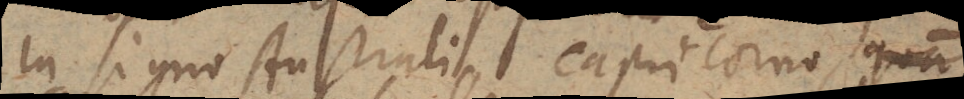
in signo Australi Capricorno, quam